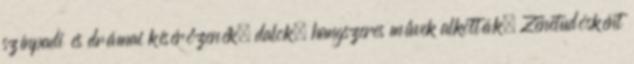
színpadi és drámai kísérőzenék, dalok, hangszeres művek alkották. Zenetudósként